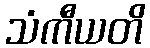
သံကီယတိ